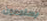
يستمعون